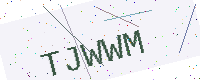
Text: TJWWM